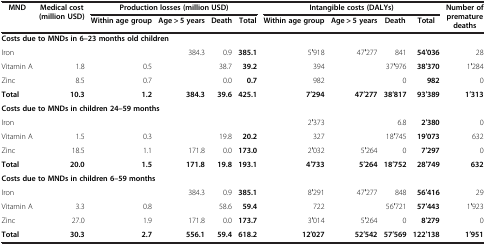
| <ROWSPAN=2> MND | <ROWSPAN=2> Medical cost (million USD) | <COLSPAN=4> Production losses (million USD) | <COLSPAN=4> Intangible costs (DALYs) | <ROWSPAN=2> Number of premature deaths |
 | Within age group | Age > 5 years | Death | Total | Within age group | Age > 5 years | Death | Total |
 | --- | --- | --- | --- | --- | --- | --- | --- | --- | --- | --- |
 | <COLSPAN=5> Costs due to MNDs in 6–23 months old children |  |  |  |  |  |  |
 | Iron |  |  | 384.3 | 0.9 | 385.1 | 5′918 | 47′277 | 841 | 54′036 | 28 |
 | Vitamin A | 1.8 | 0.5 |  | 38.7 | 39.2 | 394 |  | 37′976 | 38′370 | 1′284 |
 | Zinc | 8.5 | 0.7 |  | 0.0 | 0.7 | 982 |  | 0 | 982 | 0 |
 | Total | 10.3 | 1.2 | 384.3 | 39.6 | 425.1 | 7′294 | 47′277 | 38′817 | 93′389 | 1′313 |
 | <COLSPAN=5> Costs due to MNDs in children 24–59 months |  |  |  |  |  |  |
 | Iron |  |  |  |  |  | 2′373 |  | 6.8 | 2′380 | 0 |
 | Vitamin A | 1.5 | 0.3 |  | 19.8 | 20.2 | 327 |  | 18′745 | 19′073 | 632 |
 | Zinc | 18.5 | 1.1 | 171.8 | 0.0 | 173.0 | 2′032 | 5′264 | 0 | 7′297 | 0 |
 | Total | 20.0 | 1.5 | 171.8 | 19.8 | 193.1 | 4′733 | 5′264 | 18′752 | 28′749 | 632 |
 | <COLSPAN=5> Costs due to MNDs in children 6–59 months |  |  |  |  |  |  |
 | Iron |  |  | 384.3 | 0.9 | 385.1 | 8′291 | 47′277 | 848 | 56′416 | 29 |
 | Vitamin A | 3.3 | 0.8 |  | 58.6 | 59.4 | 722 |  | 56′721 | 57′443 | 1′923 |
 | Zinc | 27.0 | 1.9 | 171.8 | 0.0 | 173.7 | 3′014 | 5′264 | 0 | 8′279 | 0 |
 | Total | 30.3 | 2.7 | 556.1 | 59.4 | 618.2 | 12′027 | 52′542 | 57′569 | 122′138 | 1′951 |